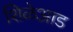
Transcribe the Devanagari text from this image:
शिळेआड